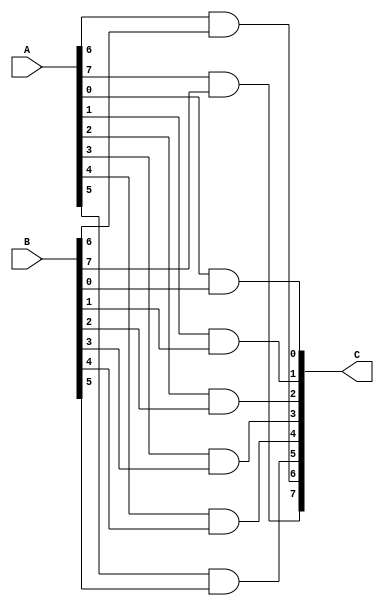
module andByte (
    input [7:0] A, input [7:0] B, output  [7:0] C
);
    assign C[0] = A[0]&B[0];
    assign C[1] = A[1]&B[1];
    assign C[2] = A[2]&B[2];
    assign C[3] = A[3]&B[3];
    assign C[4] = A[4]&B[4];
    assign C[5] = A[5]&B[5];
    assign C[6] = A[6]&B[6];
    assign C[7] = A[7]&B[7];
endmodule